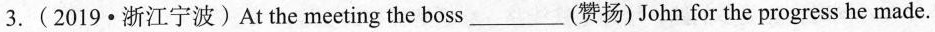
3.(2019·浙江宁波)At the meeting the boss_(赞扬)John for the progress he made.